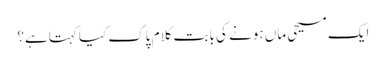
﻿ ایک مسیحی ماں ہونے کی بابت کلام پاک کیا کہتاہے؟